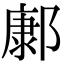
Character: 𨝎